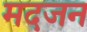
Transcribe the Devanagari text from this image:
मदजन